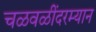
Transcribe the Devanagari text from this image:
चळवळींदरम्यान